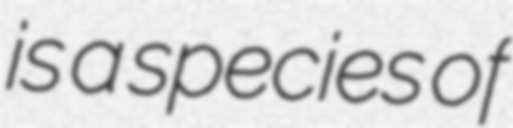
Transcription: is a species of